Indian journal of veterinary science and animal husbandry - Volume 12,
Year: 1942
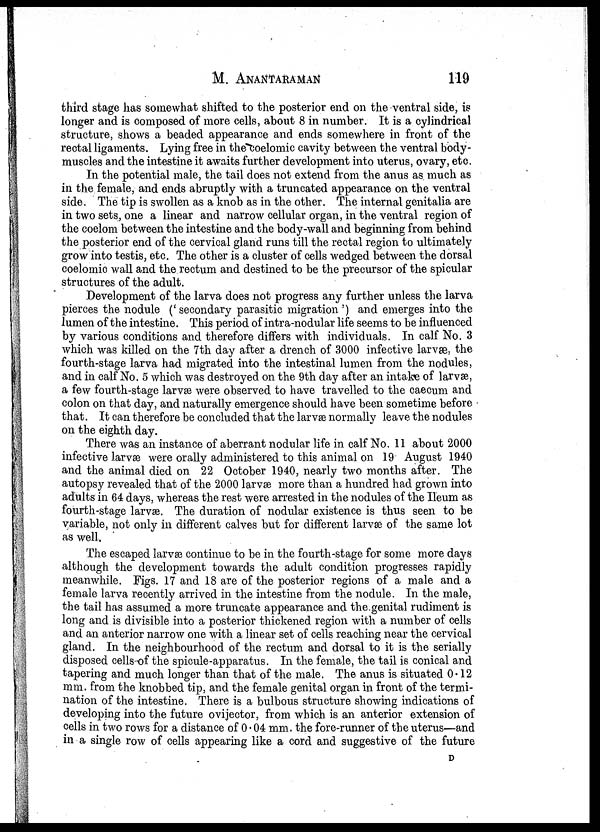
M. ANANTARAMAN 119
third stage has somewhat shifted to the posterior end on the ventral side, is
longer and is composed of more cells, about 8 in number. It is a cylindrical
structure, shows a beaded appearance and ends somewhere in front of the
rectal ligaments. Lying free in the coelomic cavity between the ventral body-
muscles and the intestine it awaits further development into uterus, ovary, etc
In the potential male, the tail does not extend from the anus as much as
in the female, and ends abruptly with a truncated appearance on the ventral
side. The tip is swollen as a knob as in the other. The internal genitalia are
in two sets, one a linear and narrow cellular organ, in the ventral region of
the coelom between the intestine and the body-wall and beginning from behind
the posterior end of the cervical gland runs till the rectal region to ultimately
grow into testis, etc. The other is a cluster of cells wedged between the dorsal
coelomic wall and the rectum and destined to be the precursor of the spicular
structures of the adult.
Development of the larva does not progress any further unless the larva
pierces the nodule ('secondary parasitic migration') and emerges into the
lumen of the intestine. This period of intra-nodular life seems to be influenced
by various conditions and therefore differs with individuals. In calf No. 3
which was killed on the 7th day after a drench of 3000 infective larvæ, the
fourth-stage larva had migrated into the intestinal lumen from the nodules,
and in calf No. 5 which was destroyed on the 9th day after an intake of larvæ,
a few fourth-stage larvæ were observed to have travelled to the caecum and
colon on that day, and naturally emergence should have been sometime before
that. It can therefore be concluded that the larvæ normally leave the nodules
on the eighth day.
There was an instance of aberrant nodular life in calf No. 11 about 2000
infective larvæ were orally administered to this animal on 19 August 1940
and the animal died on 22 October 1940, nearly two months after. The
autopsy revealed that of the 2000 larvæ more than a hundred had grown into
adults in 64 days, whereas the rest were arrested in the nodules of the Ileum as
fourth-stage larvæ. The duration of nodular existence is thus seen to be
variable, not only in different calves but for different larvæ of the same lot
as well.
The escaped larvæ continue to be in the fourth-stage for some more days
although the development towards the adult condition progresses rapidly
meanwhile. Figs. 17 and 18 are of the posterior regions of a male and a
female larva recently arrived in the intestine from the nodule. In the male,
the tail has assumed a more truncate appearance and the genital rudiment is
long and is divisible into a posterior thickened region with a number of cells
and an anterior narrow one with a linear set of cells reaching near the cervical
gland. In the neighbourhood of the rectum and dorsal to it is the serially
disposed cells of the spicule-apparatus. In the female, the tail is conical and
tapering and much longer than that of the male. The anus is situated 0.12
mm. from the knobbed tip, and the female genital organ in front of the termi-
nation of the intestine. There is a bulbous structure showing indications of
developing into the future ovijector, from which is an anterior extension of
cells in two rows for a distance of 0.04 mm. the fore-runner of the uterus—and
in a single row of cells appearing like a cord and suggestive of the future
D